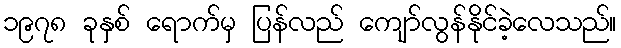
၁၉၇၈ ခုနှစ် ရောက်မှ ပြန်လည် ကျော်လွန်နိုင်ခဲ့လေသည်။